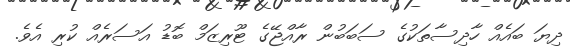
ދިޔަ ބައެއް ހާދިސާތަކުގެ ސަބަބުން ރާއްޖޭގެ ޓޫރިޒަމް ބޮޑު އަސަރެއް ކުރި އެވެ.